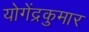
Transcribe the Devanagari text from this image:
योगेंद्रकुमार